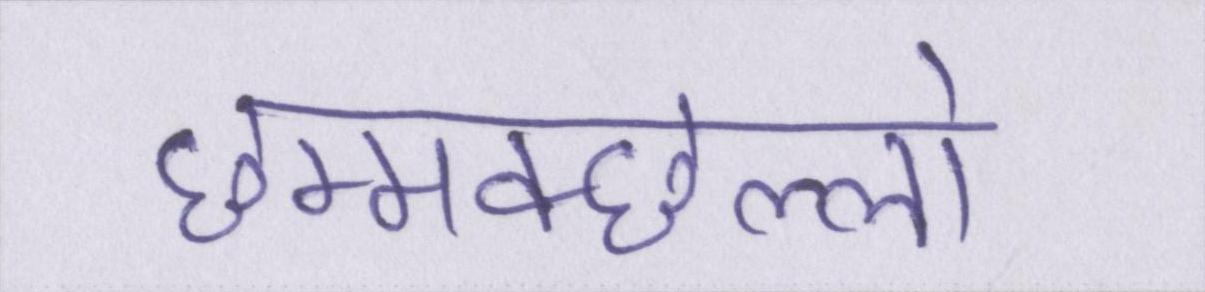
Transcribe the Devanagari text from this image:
छम्मक्छल्लो